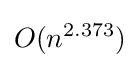
O(n^{2.373})